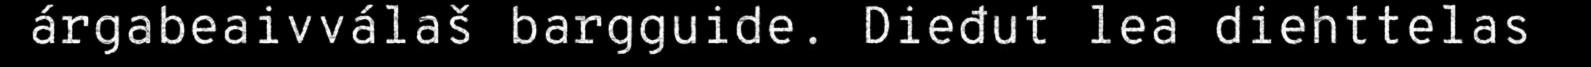
árgabeaivválaš bargguide. Dieđut lea diehttelas